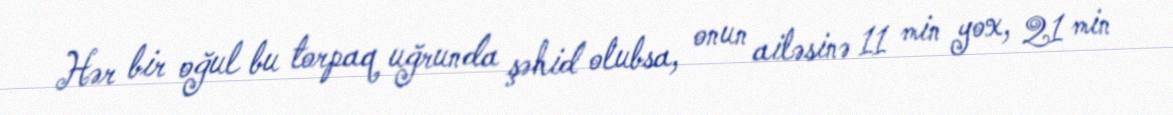
Hər bir oğul bu torpaq uğrunda şəhid olubsa, onun ailəsinə 11 min yox, 21 min